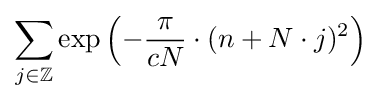
\sum _{j\in \mathbb {Z} }\exp \left(-{\frac {\pi }{cN}}\cdot (n+N\cdot j)^{2}\right)